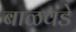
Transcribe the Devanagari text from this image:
बाळवडे